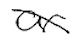
Text: or
Cross-out: diagonal
Writing tool: digital_black